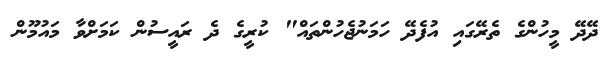
ދޭދޭ މީހުންގެ ތެރޭގައި އުފެދޭ ހަމަނުޖެހުންތައް" ކުރީގެ ދެ ރައީސުން ކަމަށްވާ މައުމޫން